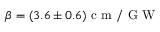
\beta = ( 3 . 6 \pm 0 . 6 ) \mathrm { ~ c ~ m ~ / ~ G ~ W ~ }